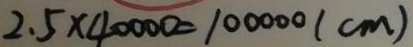
2 . 5 \times 4 0 0 0 0 = 1 0 0 0 0 0 ( c m )